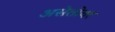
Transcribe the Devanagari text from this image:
असेतोवर